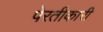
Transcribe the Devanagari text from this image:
पेरतीकारी